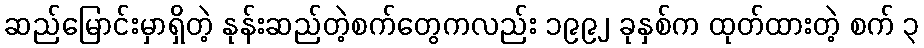
ဆည်မြောင်းမှာရှိတဲ့ နုန်းဆည်တဲ့စက်တွေကလည်း ၁၉၉၂ ခုနှစ်က ထုတ်ထားတဲ့ စက် ၃